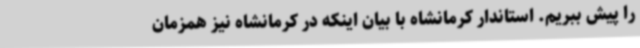
را پیش ببریم. استاندار کرمانشاه با بیان اینکه در کرمانشاه نیز همزمان